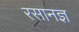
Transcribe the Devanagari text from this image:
रसानज्ञ